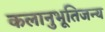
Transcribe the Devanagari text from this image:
कलानुभूतिजन्य